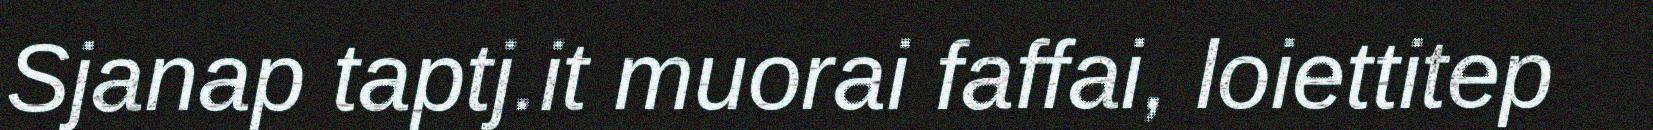
Sjanap taptj.it muorai faffai, loiettitep